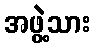
အဖွဲ့သား